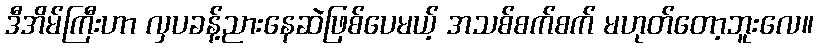
ဒီအိမ်ကြီးဟာ လှပခန့်ညားနေဆဲဖြစ်ပေမယ့် အသစ်စက်စက် မဟုတ်တော့ဘူးလေ။